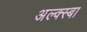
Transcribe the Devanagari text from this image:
अल्क्स्बा